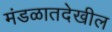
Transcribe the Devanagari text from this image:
मंडळातदेखील